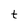
Character: t